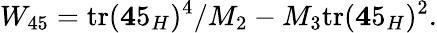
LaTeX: W_{45}=\mathrm{tr}({\mathbf 45}_{H})^{4}/M_{2}-M_{3}\mathrm{tr}({\mathbf 45}_{H})^{2}.